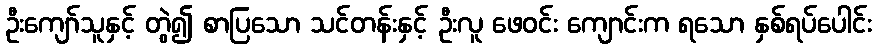
ဦးကျော်သူနှင့် တွဲ၍ စာပြသော သင်တန်းနှင့် ဦးလူ ဖေဝင်း ကျောင်းက ရသော နှစ်ရပ်ပေါင်း